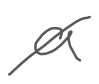
Text: a
Cross-out: diagonal
Writing tool: digital_gray